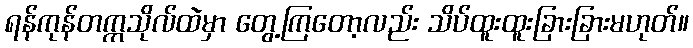
ရန်ကုန်တက္ကသိုလ်ထဲမှာ တွေ့ကြတော့လည်း သိပ်ထူးထူးခြားခြားမဟုတ်။